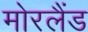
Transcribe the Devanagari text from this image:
मोरलैंड